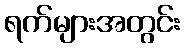
ရက်များအတွင်း